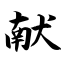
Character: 献